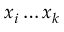
x _ { i } \ldots x _ { k }